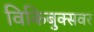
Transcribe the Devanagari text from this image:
विकिबुक्सवर